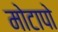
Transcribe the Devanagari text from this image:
मोटापो